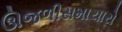
ઊજળીસમાચારો